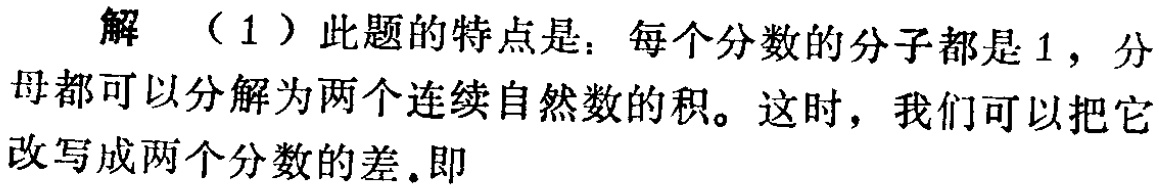
解 （1）此题的特点是：每个分数的分子都是1，分母都可以分解为两个连续自然数的积。这时，我们可以把它改写成两个分数的差.即